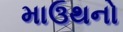
માઉથનો